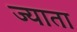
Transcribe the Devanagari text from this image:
ज्याता